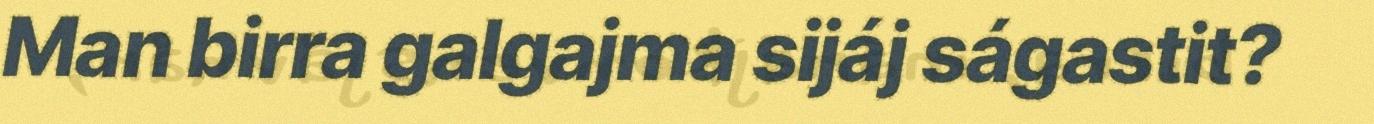
Man birra galgajma sijáj ságastit?